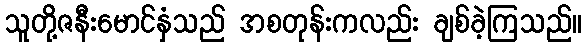
သူတို့ဇနီးမောင်နှံသည် အစတုန်းကလည်း ချစ်ခဲ့ကြသည်။